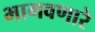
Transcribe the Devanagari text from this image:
भागवणारे